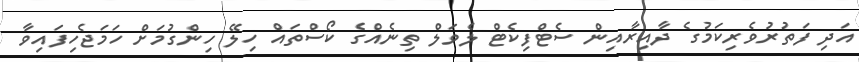
އަދި ފަތުރުވެރިކަމުގެ ދާއިރާއިން ސެޓްފިކެޓް ލެވަލް ތިނެއްގެ ކޯސްތައް ހިލޭ ހިންގުމަށް ހަމަޖެހިފައިވާ